Leaving Certificate, 1937
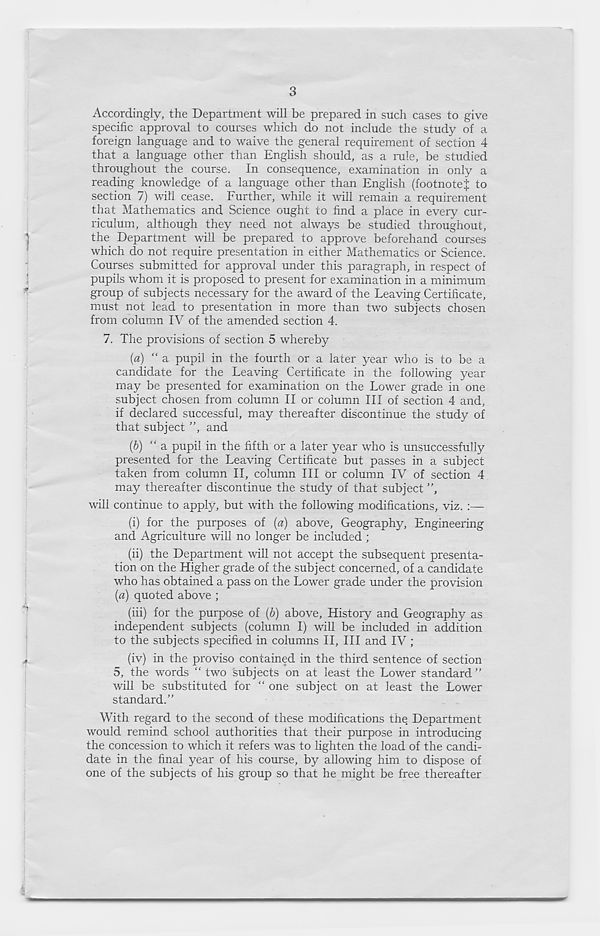
3
Accordingly, the Department will be prepared in such cases to give
specific approval to courses which do not include the study of a
foreign language and to waive the general requirement of section 4
that a language other than English should, as a rule, be studied
throughout the course. In consequence, examination in only a
reading knowledge of a language other than English (footnote J to
section 7) will cease. Further, while it will remain a requirement
that Mathematics and Science ought to find a place in every cur-
riculum, although they need not always be studied throughout,
the Department will be prepared to approve beforehand courses
which do not require presentation in either Mathematics or Science.
Courses submitted for approval under this paragraph, in respect of
pupils whom it is proposed to present for examination in a minimum
group of subjects necessary for the award of the Leaving Certificate,
must not lead to presentation in more than two subjects chosen
from column IV of the amended section 4.
7. The provisions of section 5 whereby
(a) “a pupil in the fourth or a later year who is to be a
candidate for the Leaving Certificate in the following year
may be presented for examination on the Lower grade in one
subject chosen from column II or column III of section 4 and,
if declared successful, may thereafter discontinue the study of
that subject ”, and
{b) “a pupil in the fifth or a later year who is unsuccessfully
presented for the Leaving Certificate but passes in a subject
taken from column II, column III or column IV of section 4
may thereafter discontinue the study of that subject ”,
will continue to apply, but with the following modifications, viz. :—
(i) for the purposes of (a) above. Geography, Engineering
and Agriculture will no longer be included ;
(ii) the Department will not accept the subsequent presenta-
tion on the Higher grade of the subject concerned, of a candidate
who has obtained a pass on the Lower grade under the provision
{a) quoted above ;
(iii) for the purpose of (b) above. History and Geography as
independent subjects (column I) will be included in addition
to the subjects specified in columns II, III and IV ;
(iv) in the proviso contained in the third sentence of section
5, the words “ two subjects on at least the Lower standard ”
will be substituted for “ one subject on at least the Lower
standard.”
With regard to the second of these modifications the. Department
would remind school authorities that their purpose in introducing
the concession to which it refers was to lighten the load of the candi-
date in the final year of his course, by allowing him to dispose of
one of the subjects of his group so that he might be free thereafter